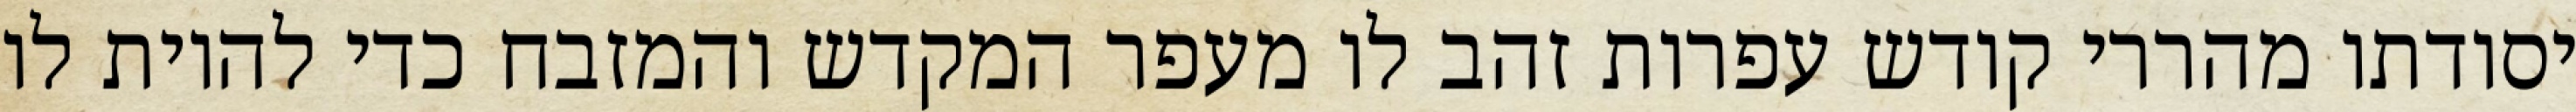
יסודתו מהררי קודש עפרות זהב לו מעפר המקדש והמזבח כדי להיות לו